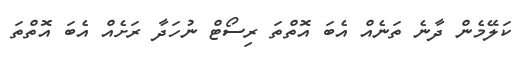
ކަލޭމެން ދާނެ ތަނެއް އެބަ އޮތްތަ ރިސޯޓް ނުހަދާ ރަށެއް އެބަ އޮތްތަ